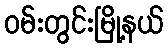
ဝမ်းတွင်းမြို့နယ်